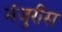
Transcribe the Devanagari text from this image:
मंजुरीस